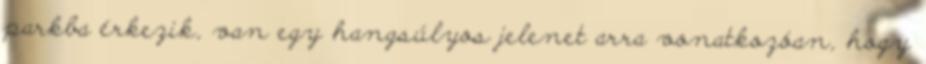
parkba érkezik, van egy hangsúlyos jelenet arra vonatkozóan, hogy